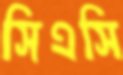
সিএসি